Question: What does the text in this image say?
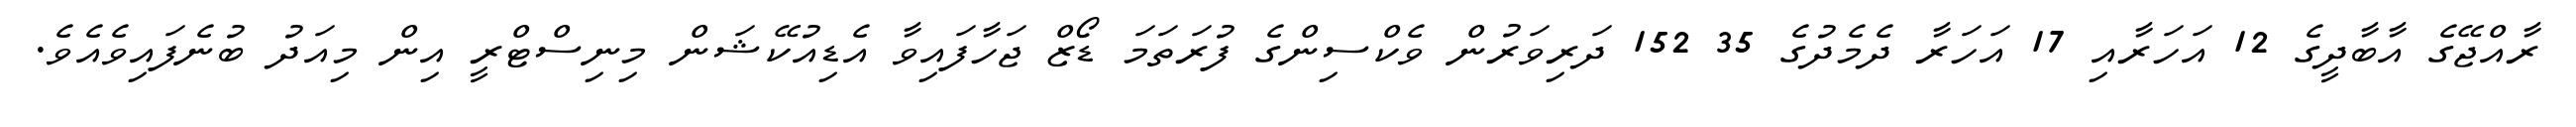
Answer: ރާއްޖޭގެ އާބާދީގެ 12 އަހަރާއި 17 އަހަރާ ދެމެދުގެ 35 152 ދަރިވަރުން ވެކްސިންގެ ފުރަތަމަ ޑޯޒް ޖަހާފައިވާ އެޑިއުކޭޝަން މިނިސްޓްރީ އިން މިއަދު ބުނެފައިވެއެވެ.